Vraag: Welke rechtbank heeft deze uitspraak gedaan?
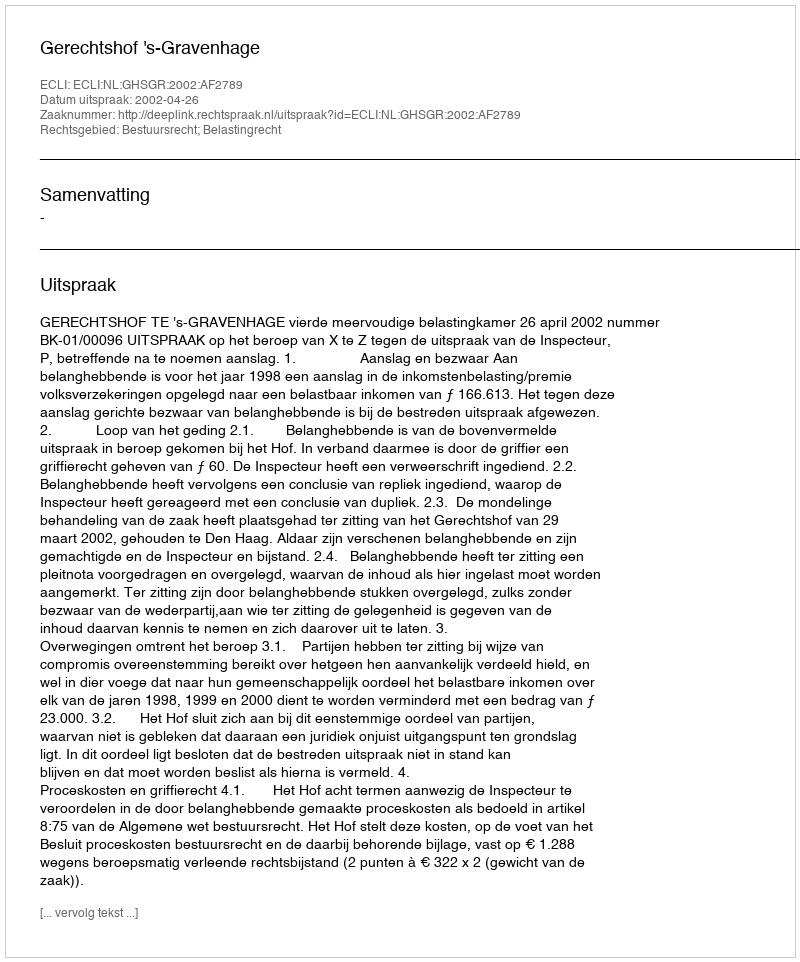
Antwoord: Gerechtshof 's-Gravenhage